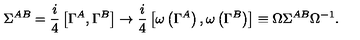
\Sigma ^ { A B } = { \frac { i } { 4 } } \left[ \Gamma ^ { A } , \Gamma ^ { B } \right] \to { \frac { i } { 4 } } \left[ \omega \left( \Gamma ^ { A } \right) , \omega \left( \Gamma ^ { B } \right) \right] \equiv \Omega \Sigma ^ { A B } \Omega ^ { - 1 } .